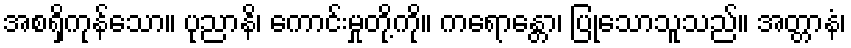
အစရှိကုန်သော။ ပုညာနိ၊ ကောင်းမှုတို့ကို။ ကရောန္တော၊ ပြုသောသူသည်။ အတ္တာနံ၊